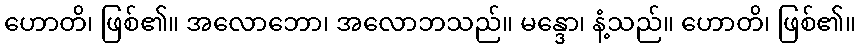
ဟောတိ၊ ဖြစ်၏။ အလောဘော၊ အလောဘသည်။ မန္ဒော၊ နံ့သည်။ ဟောတိ၊ ဖြစ်၏။